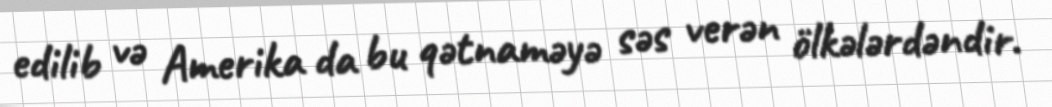
edilib və Amerika da bu qətnaməyə səs verən ölkələrdəndir.